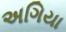
અગિયા